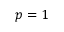
p = 1